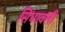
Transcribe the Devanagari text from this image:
सिंधावली